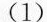
（1）